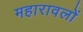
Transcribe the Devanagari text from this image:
महारावलों